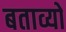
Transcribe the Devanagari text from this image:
बताव्यो